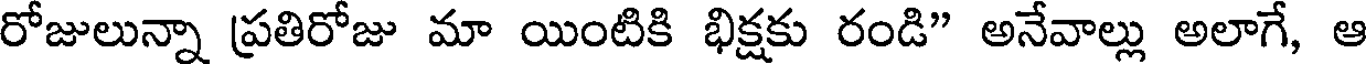
రోజులున్నా ప్రతిరోజు మా యింటికి భిక్షకు రండి" అనేవాల్లు అలాగే, ఆ